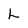
Character: L